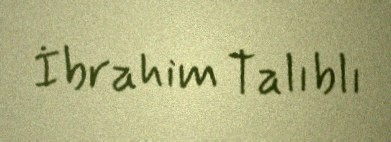
İbrahim Talıblı